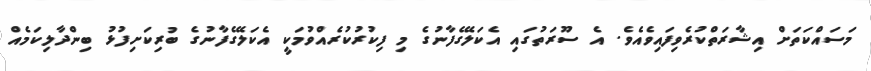
މަސައްކަތަށް އިޝާރަތްކުރެވިފައިވެއެވެ. އެ ސޫރަތުގައި އެކަލޭގެފާނުގެ މި ފިކުރުކުރެއްވުމަކީ އެކަލޭގެފާނުގެ ބުރިކަށިފުޅު ބިންދާލިކަމެއް